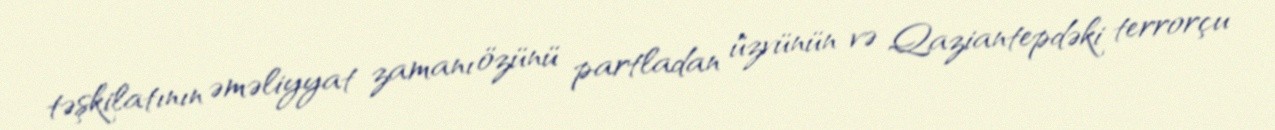
təşkilatının əməliyyat zamanı özünü partladan üzvünün və Qaziantepdəki terrorçu